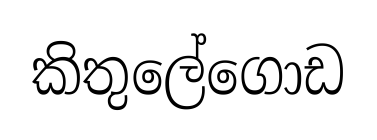
කිතුලේගොඩ